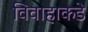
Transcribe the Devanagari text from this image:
विवाहाकडे